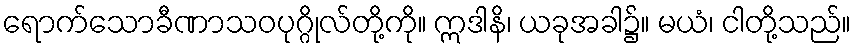
ရောက်သောခီဏာသဝပုဂ္ဂိုလ်တို့ကို။ ဣဒါနိ၊ ယခုအခါ၌။ မယံ၊ ငါတို့သည်။